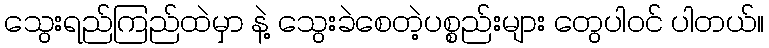
သွေးရည်ကြည်ထဲမှာ နဲ့ သွေးခဲစေတဲ့ပစ္စည်းများ တွေပါဝင် ပါတယ်။